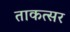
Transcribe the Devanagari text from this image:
ताकत्सर